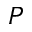
P